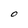
Character: O